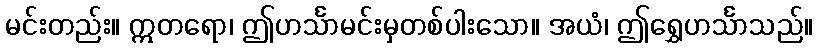
မင်းတည်း။ ဣတရော၊ ဤဟင်္သာမင်းမှတစ်ပါးသော။ အယံ၊ ဤရွှေဟင်္သာသည်။